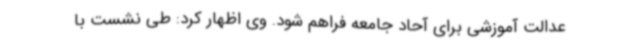
عدالت آموزشی برای آحاد جامعه فراهم شود. وی اظهار کرد: طی نشست‌ با